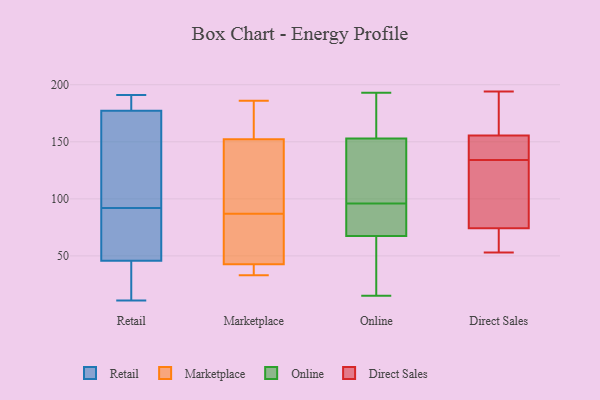
{"axis": {"x": "LTV (USD)", "y": "Value"}, "legend": ["Direct Sales", "Marketplace", "Online", "Retail"], "data": [{"x": "", "y": 25, "type": "Retail"}, {"x": "", "y": 49, "type": "Retail"}, {"x": "", "y": 11, "type": "Retail"}, {"x": "", "y": 83, "type": "Retail"}, {"x": "", "y": 178, "type": "Retail"}, {"x": "", "y": 179, "type": "Retail"}, {"x": "", "y": 164, "type": "Retail"}, {"x": "", "y": 191, "type": "Retail"}, {"x": "", "y": 136, "type": "Retail"}, {"x": "", "y": 92, "type": "Retail"}, {"x": "", "y": 36, "type": "Retail"}, {"x": "", "y": 177, "type": "Retail"}, {"x": "", "y": 66, "type": "Retail"}, {"x": "", "y": 46, "type": "Marketplace"}, {"x": "", "y": 49, "type": "Marketplace"}, {"x": "", "y": 142, "type": "Marketplace"}, {"x": "", "y": 42, "type": "Marketplace"}, {"x": "", "y": 180, "type": "Marketplace"}, {"x": "", "y": 41, "type": "Marketplace"}, {"x": "", "y": 165, "type": "Marketplace"}, {"x": "", "y": 42, "type": "Marketplace"}, {"x": "", "y": 84, "type": "Marketplace"}, {"x": "", "y": 145, "type": "Marketplace"}, {"x": "", "y": 177, "type": "Marketplace"}, {"x": "", "y": 33, "type": "Marketplace"}, {"x": "", "y": 43, "type": "Marketplace"}, {"x": "", "y": 87, "type": "Marketplace"}, {"x": "", "y": 186, "type": "Marketplace"}, {"x": "", "y": 117, "type": "Marketplace"}, {"x": "", "y": 148, "type": "Marketplace"}, {"x": "", "y": 15, "type": "Online"}, {"x": "", "y": 32, "type": "Online"}, {"x": "", "y": 141, "type": "Online"}, {"x": "", "y": 31, "type": "Online"}, {"x": "", "y": 183, "type": "Online"}, {"x": "", "y": 81, "type": "Online"}, {"x": "", "y": 93, "type": "Online"}, {"x": "", "y": 96, "type": "Online"}, {"x": "", "y": 153, "type": "Online"}, {"x": "", "y": 105, "type": "Online"}, {"x": "", "y": 80, "type": "Online"}, {"x": "", "y": 96, "type": "Online"}, {"x": "", "y": 55, "type": "Online"}, {"x": "", "y": 179, "type": "Online"}, {"x": "", "y": 153, "type": "Online"}, {"x": "", "y": 193, "type": "Online"}, {"x": "", "y": 138, "type": "Direct Sales"}, {"x": "", "y": 99, "type": "Direct Sales"}, {"x": "", "y": 194, "type": "Direct Sales"}, {"x": "", "y": 134, "type": "Direct Sales"}, {"x": "", "y": 66, "type": "Direct Sales"}, {"x": "", "y": 161, "type": "Direct Sales"}, {"x": "", "y": 53, "type": "Direct Sales"}, {"x": "", "y": 139, "type": "Direct Sales"}, {"x": "", "y": 170, "type": "Direct Sales"}, {"x": "", "y": 116, "type": "Direct Sales"}, {"x": "", "y": 57, "type": "Direct Sales"}]}